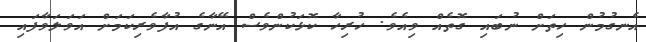
އެނގުމުން ހިތަށް ނުބައި ގޮތެއް ވިއެވެ. ހުރިހާ ކޮޅަކުންވެސް އޭނާގެ އުފާވެރިކަމަށް އަވަލަވާފައި